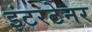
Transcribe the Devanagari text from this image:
इंटरटेनर